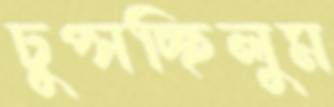
চুপ্‌সচ্ছিলুম